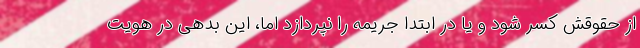
از حقوقش کسر شود و یا در ابتدا جریمه را نپردازد اما، این بدهی در هویت